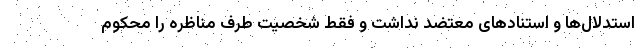
استدلال‌ها و استنادهای معتضد نداشت و فقط شخصیت طرف مناظره را محکوم